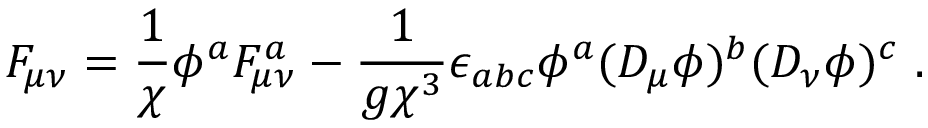
{ \cal F } _ { \mu \nu } = \frac { 1 } { \chi } \phi ^ { a } F _ { \mu \nu } ^ { a } - \frac { 1 } { g \chi ^ { 3 } } \epsilon _ { a b c } \phi ^ { a } ( D _ { \mu } \phi ) ^ { b } ( D _ { \nu } \phi ) ^ { c } \ .